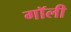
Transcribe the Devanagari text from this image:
गॉली